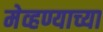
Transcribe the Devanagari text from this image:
मेव्हण्याच्या